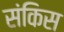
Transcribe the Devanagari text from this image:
संकिस